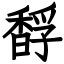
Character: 馟